Vaccination report Assam 1874-1896 - 1874-1896
Year: 1874
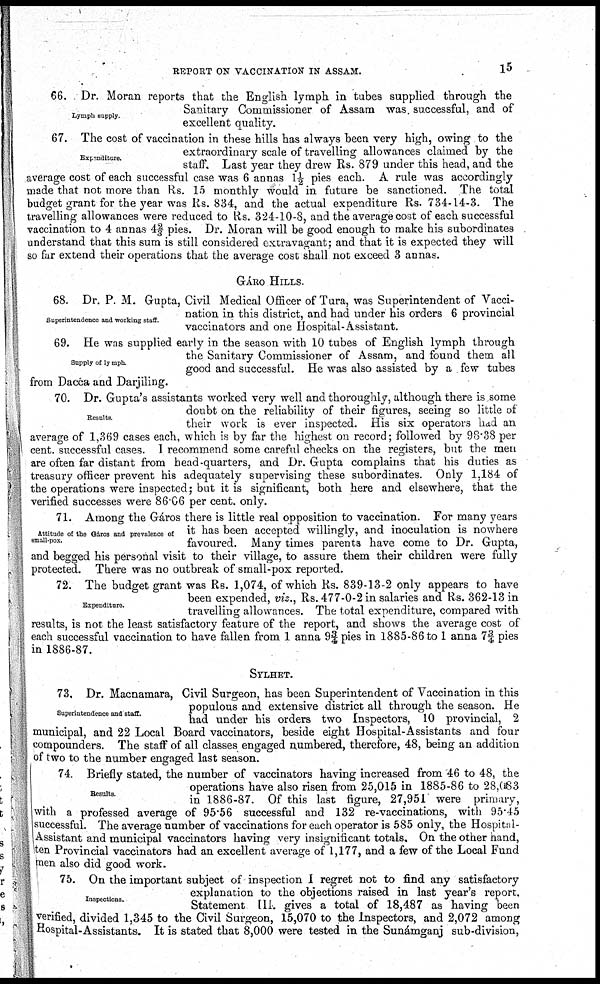
REPORT ON VACCINATION IN ASSAM.
15
Lymph supply
66. Dr. Moran reports that the English lymph in tubes supplied through the
Sanitary Commissioner of Assam was successful, and of
excellent quality.
Expenditure.
67. The cost of vaccination in these hills has always been very high, owing to the
extraordinary scale of travelling allowances claimed by the
staff. Last year they drew Rs. 879 under this head, and the
average cost of each successful case was 6 annas 1½ pies each. A rule was accordingly
made that not more than Rs. 15 monthly would in future be sanctioned. The total
budget grant for the year was Rs. 834, and the actual expenditure Rs. 734-14-3. The
travelling allowances were reduced to Rs. 324-10-8, and the average cost of each successful
vaccination to 4 annas 42/3 pies. Dr. Moran will be good enough to make his subordinates
understand that this sum is still considered extravagant; and that it is expected they will
so far extend their operations that the average cost shall not exceed 3 annas.
GÁRO HILLS.
Superintendence and working staff
68. Dr. P. M. Gupta, Civil Medical Officer of Tura, was Superintendent of Vacci-
nation in this district, and had under his orders 6 provincial
vaccinators and one Hospital-Assistant.
Supply of lymph.
69. He was supplied early in the season with 10 tubes of English lymph through
the Sanitary Commissioner of Assam, and found them all
good and successful. He was also assisted by a few tubes
from Dacca and Darjiling.
Results.
70. Dr. Gupta's assistants worked very well and thoroughly, although there is some
doubt on the reliability of their figures, seeing so little of
their work is ever inspected. His six operators had an
average of 1,369 cases each, which is by far the highest on record; followed by 98.38 per
cent. successful cases. I recommend some careful checks on the registers, but the men
are often far distant from head-quarters, and Dr. Gupta complains that his duties as
treasury officer prevent his adequately supervising these subordinates. Only 1,184 of
the operations were inspected; but it is significant, both here and elsewhere, that the
verified successes were 86.06 per cent. only.
Attitude of the Gáros and prevalence of
small-pox.
71. Among the Gáros there is little real opposition to vaccination. For many years
it has been accepted willingly, and inoculation is nowhere
favoured. Many times parents have come to Dr. Gupta,
and begged his personal visit to their village, to assure them their children were fully
protected. There was no outbreak of small-pox reported.
Expenditure.
72. The budget grant was Rs. 1,074, of which Rs. 839-13-2 only appears to have
been expended, viz., Rs. 477-0-2 in salaries and Rs. 362-13 in
travelling allowances. The total expenditure, compared with
results, is not the least satisfactory feature of the report, and shows the average cost of
each successful vaccination to have fallen from 1 anna 9¾ pies in 1885-86 to 1 anna 7¾ pies
in 1886-87.
SYLHET.
Superintendence and staff.
73. Dr. Macnamara, Civil Surgeon, has been Superintendent of Vaccination in this
populous and extensive district all through the season. He
had under his orders two Inspectors, 10 provincial, 2
municipal, and 22 Local Board vaccinators, beside eight Hospital-Assistants and four
compounders. The staff of all classes engaged numbered, therefore, 48, being an addition
of two to the number engaged last season.
Results
74. Briefly stated, the number of vaccinators having increased from 46 to 48, the
operations have also risen from 25,015 in 1885-86 to 28,083
in 1886-87. Of this last figure, 27,951 were primary,
with a professed average of 95.56 successful and 132 re-vaccinations, with 95.45
successful. The average number of vaccinations for each operator is 585 only, the Hospital-
Assistant and municipal vaccinators having very insignificant totals. On the other hand,
ten Provincial vaccinators had an excellent average of 1,177, and a few of the Local Fund
men also did good work.
Inspections.
75. On the important subject of inspection I regret not to find any satisfactory
explanation to the objections raised in last year's report.
Statement III gives a total of 18,487 as having been
verified, divided 1,345 to the Civil Surgeon, 15,070 to the Inspectors, and 2,072 among
Hospital-Assistants. It is stated that 8,000 were tested in the Sunámganj sub-division,